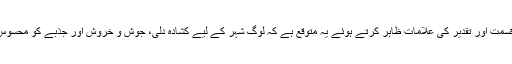
نغمے میں قسمت اور تقدیر کی علامات ظاہر کرتے ہوئے یہ متوقع ہے کہ لوگ شہر کے لیے کشادہ دلی، جوش و خروش اور جذبے کو محسوس کر سکیں۔